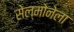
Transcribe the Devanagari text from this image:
सेल्मोनेला